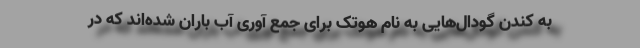
به کندن گودال‌هایی به نام هوتک برای جمع آوری آب باران شده‌اند که در